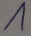
Text: 1